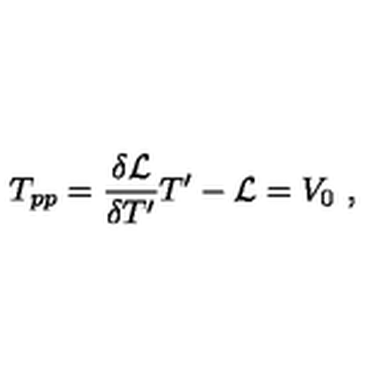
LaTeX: T _ { p p } = { \frac { \delta { { \cal L } } } { \delta T ^ { \prime } } } T ^ { \prime } - { \cal L } = V _ { 0 } \ ,